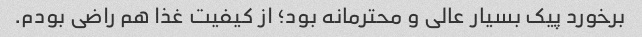
برخورد پیک بسیار عالی و محترمانه بود؛ از کیفیت غذا هم راضی بودم.